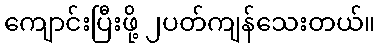
ကျောင်းပြီးဖို့ ၂ပတ်ကျန်သေးတယ်။